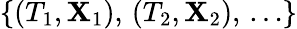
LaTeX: \{ (T_{1},\mathbf{X}_{1}),\, (T_{2},\mathbf{X}_{2}),\, \ldots\}